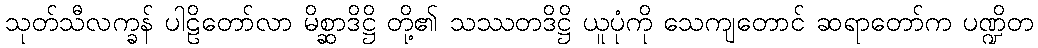
သုတ်သီလက္ခန် ပါဠိတော်လာ မိစ္ဆာဒိဋ္ဌိ တို့၏ သဿတဒိဋ္ဌိ ယူပုံကို သေကျတောင် ဆရာတော်က ပဏ္ဍိတ